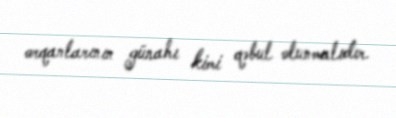
orqanlarının günahı kimi qəbul olunmalıdır.